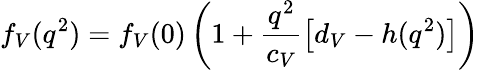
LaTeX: f_{V}(q^{2})=f_{V}(0)\left(1+\frac{q^{2}}{c_{V}}\left[d_{V}-h(q^{2})\right]\right)